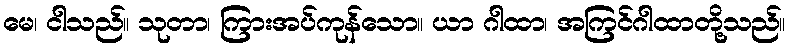
မေ၊ ငါသည်။ သုတာ၊ ကြားအပ်ကုန်သော။ ယာ ဂါထာ၊ အကြင်ဂါထာတို့သည်။